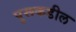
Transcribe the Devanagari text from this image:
पुरूकडील